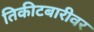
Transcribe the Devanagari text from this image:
तिकीटबारीवर